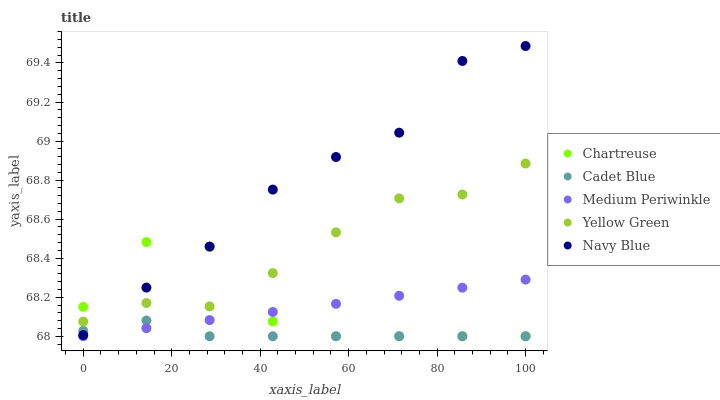
| xaxis_label | Chartreuse | Cadet Blue | Medium Periwinkle | Yellow Green | Navy Blue |
 | --- | --- | --- | --- | --- | --- |
 | 0 | 68.2 | 68 | 68 | 68.1 | 68 |
 | 14.3 | 68.5 | 68.1 | 68 | 68.2 | 68.2 |
 | 28.6 | 68.5 | 68 | 68.1 | 68.2 | 68.5 |
 | 42.9 | 68.1 | 68 | 68.1 | 68.3 | 68.8 |
 | 57.1 | 68 | 68 | 68.2 | 68.5 | 68.9 |
 | 71.4 | 68 | 68 | 68.2 | 68.7 | 69 |
 | 85.7 | 68 | 68 | 68.2 | 68.7 | 69.4 |
 | 100 | 68 | 68 | 68.3 | 68.9 | 69.5 |